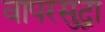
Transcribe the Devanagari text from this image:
वापरसुद्घा